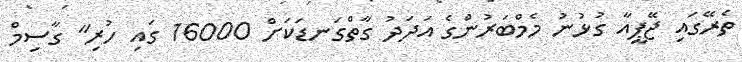
ތެރޭގައި ޖޭޕީއާ ގުޅުނު މެމްބަރުންގެ އަދަދު ގާތްގަނޑަކަށް 16000 ގައި ހުރި" ގާސިމް